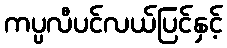
ကပ္ပလီပင်လယ်ပြင်နှင့်